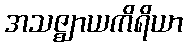
အသဇ္ဈာယကိရိယာ